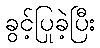
ခွင့်ပြုခဲ့ပြီး